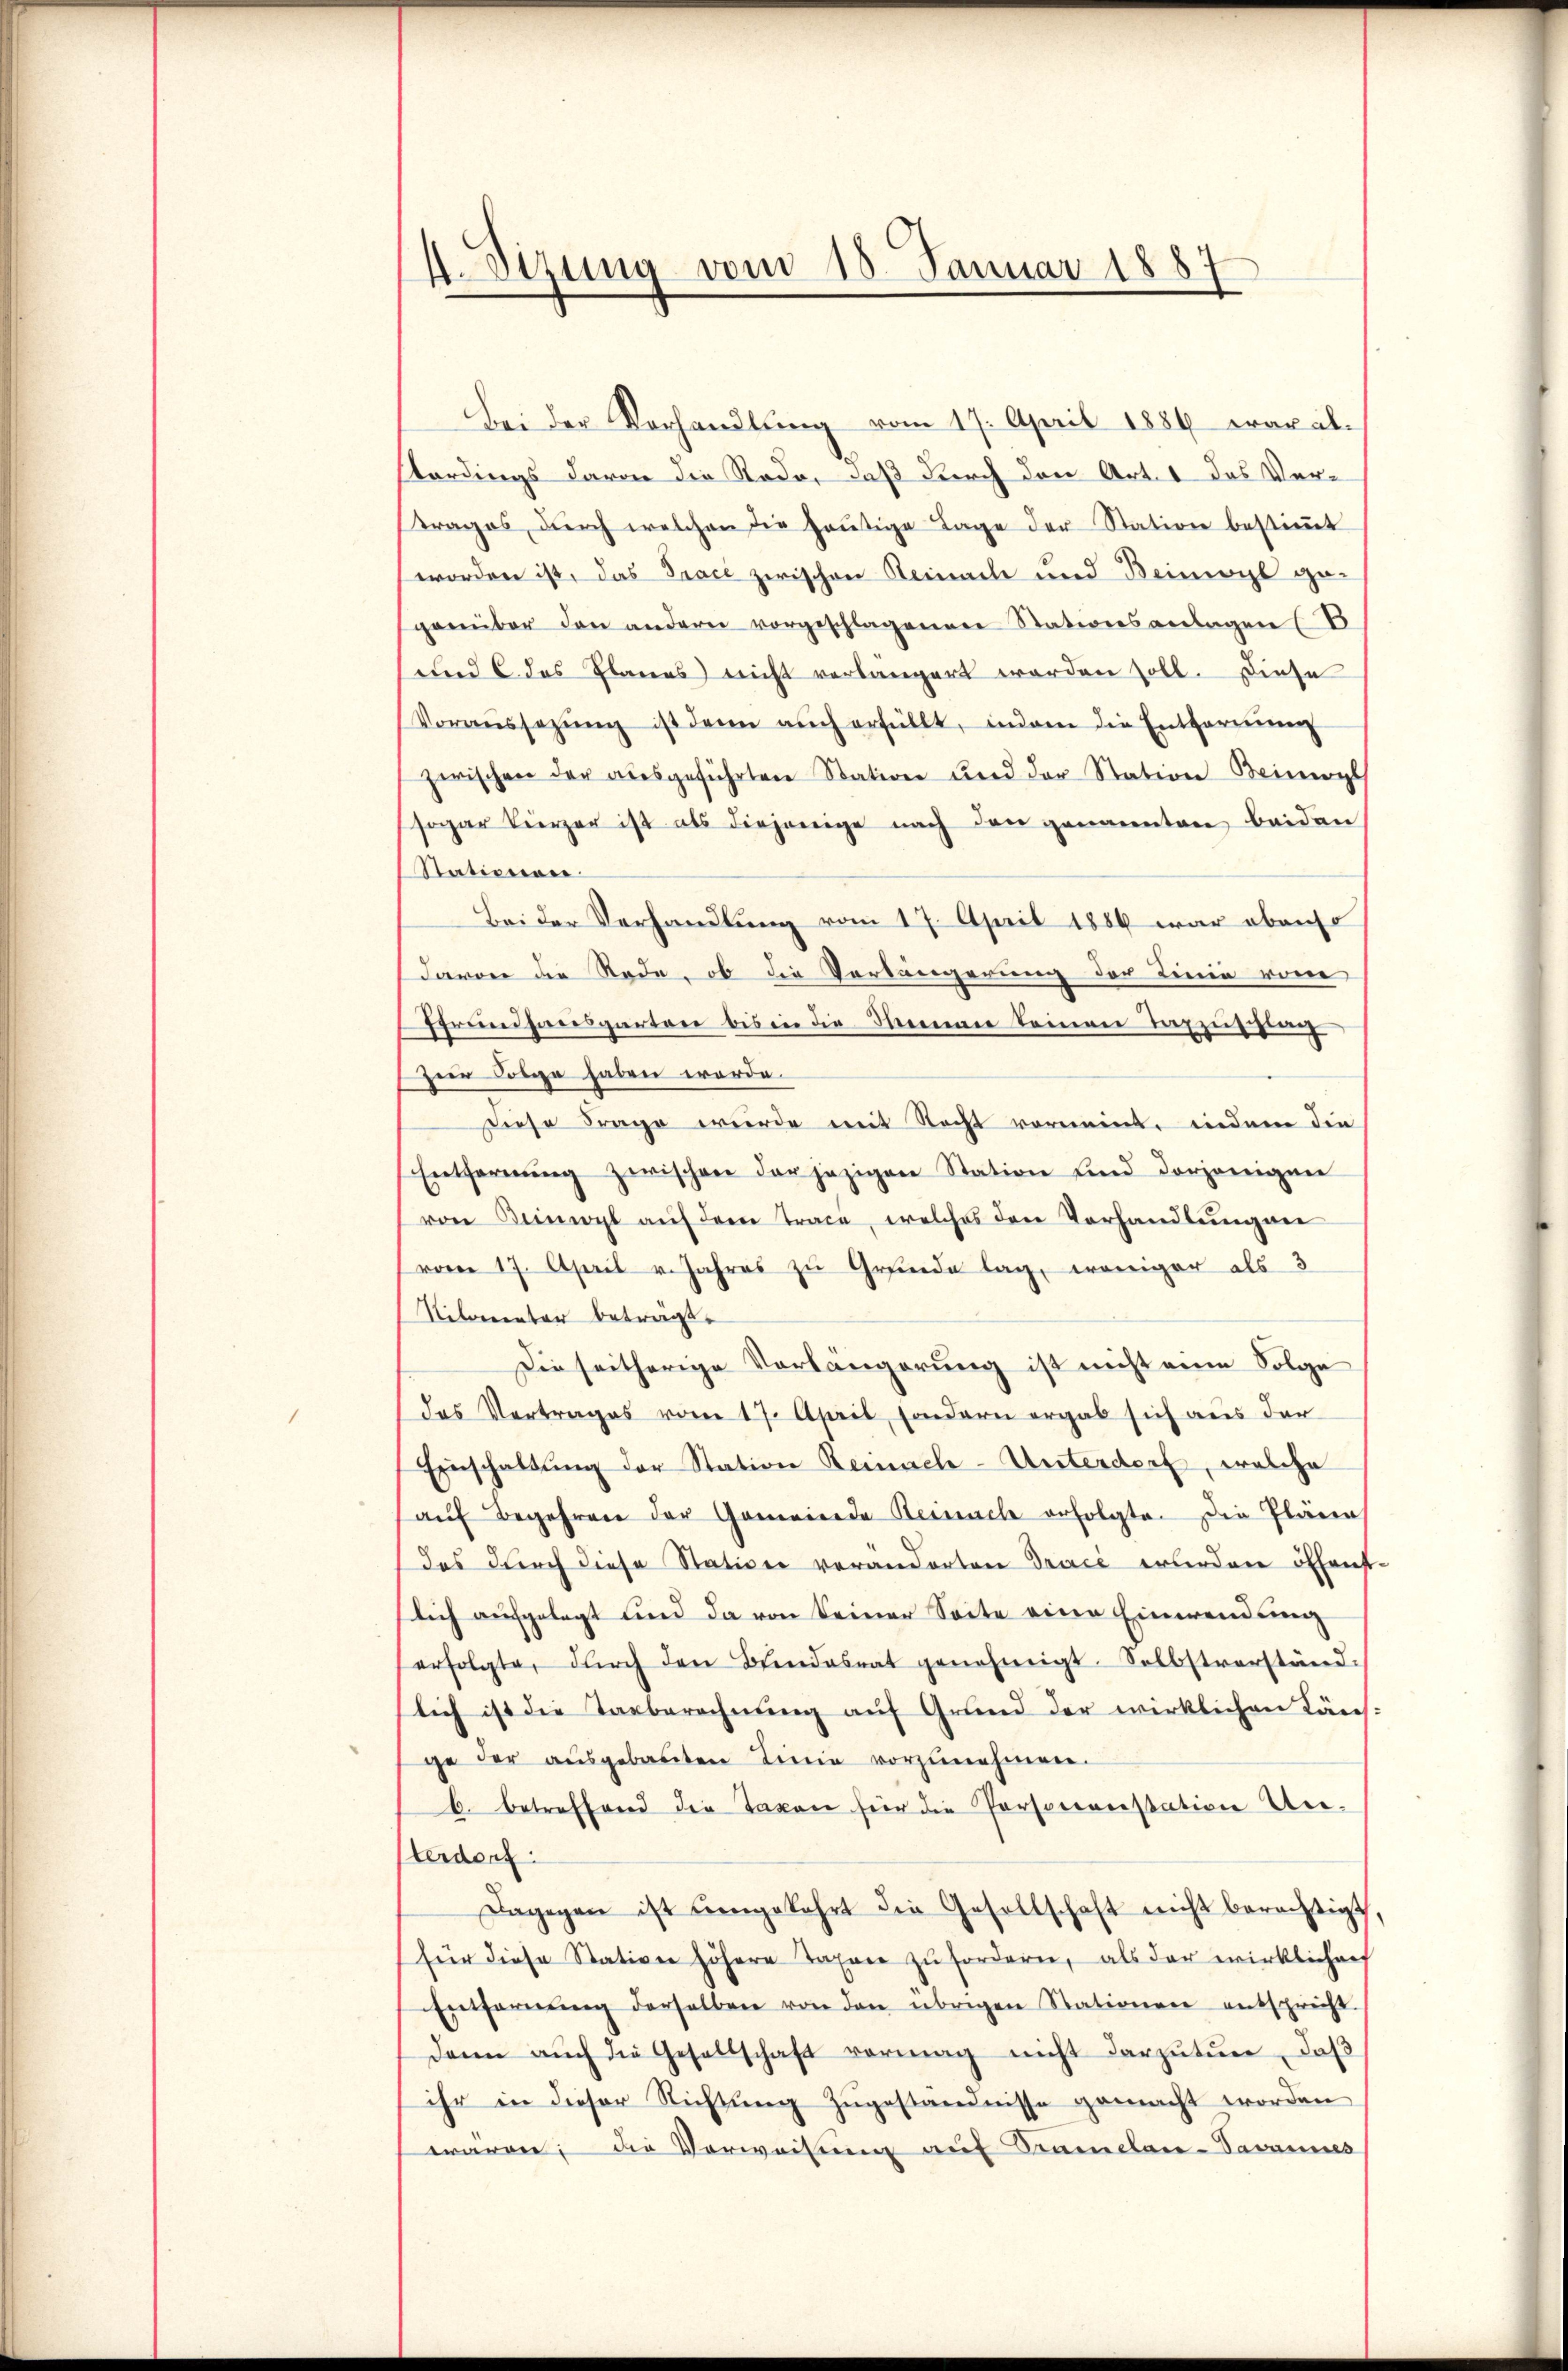
4.Stzung vom 18. Januar 1887

Bei der Verhandlŭng vom 17. April 1884 eraxal-
stordings davon die Rode, daß durch den Art. 1 das Vertrages dŭrch welchen die heŭtige Lage der Station bestiṁt
worden ist, das Trace zwischen Steinach und Beinwyl ge-
genüber den andern vorgeschlagenen Stationsanlagen (B
und 6 des Planes nicht verlängert worden soll. Diese
Voraŭssetzŭng ist dann aŭch erfüllt, indem die Entfernŭng
zwischen der aŭsgeführten Station und der Station Beinwyl
sogar kürzer ist als diejenige nach den genannten beiden
Stationen
Bei der Verhandlung vom 17. April 1886 war obenso
davon die Rede, ob die Verlängerung der Linie vom
Ffreihansparten bis in die Meinen keinen Taxzessung
zur Folge haben werde.
Diese Frage wurde mit Recht vornennt, indem die
Entfernŭng zwischen der jezigen Station und derjenigen
von Beinwyl aŭf dem Trace, welches den Vorhandlŭngen
vom 17. April v. Jahres zŭ Grŭnde lag, weniger als 3
Nilorenter beträgt.
Die seitherige Verlängerung ist nicht eine Folge
das Vertrages vom 17. April, sondern ergab sich aus der
Einschaltung der Station Reinach-Unterdorf, welche
aŭf Begehren der Gemeinde Reinach erfolgte. Die Plänen
das durch diese Station verandorten Tracé wurden öffenst-
lich aufgelegt und da von keiner Seite eine Einwendung
erfolgte, durch den Bŭndesrat genehmigt. Selbstverständ-
lich ist die Tagberechnung auf Grund der wirklichen Känsge der ausgebauten Linie vorzunehmen.
b. betreffend die Taxen für die Personanstation Unterdorf:
Dagegen ist umgekehrt die Gesellschaft nicht berechtigt,
für diese Station höhere Taxren zu fordern, als der wirklicharf
Entfernŭng derselben von den übrigen Stationen entspricht.
dann auch die Gesellschaft vormag nicht darzutun, daß
ihr in dieser Richtŭng zŭgeständnisse gemacht worden
wärmer die Vorweisung auf Tramelan-Savannes